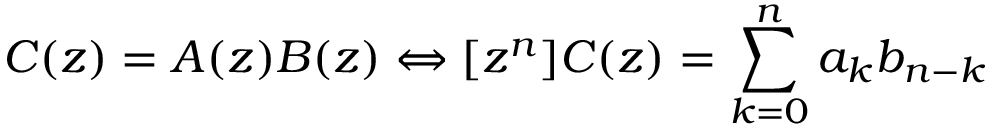
C ( z ) = A ( z ) B ( z ) \Leftrightarrow [ z ^ { n } ] C ( z ) = \sum _ { k = 0 } ^ { n } { a _ { k } b _ { n - k } }